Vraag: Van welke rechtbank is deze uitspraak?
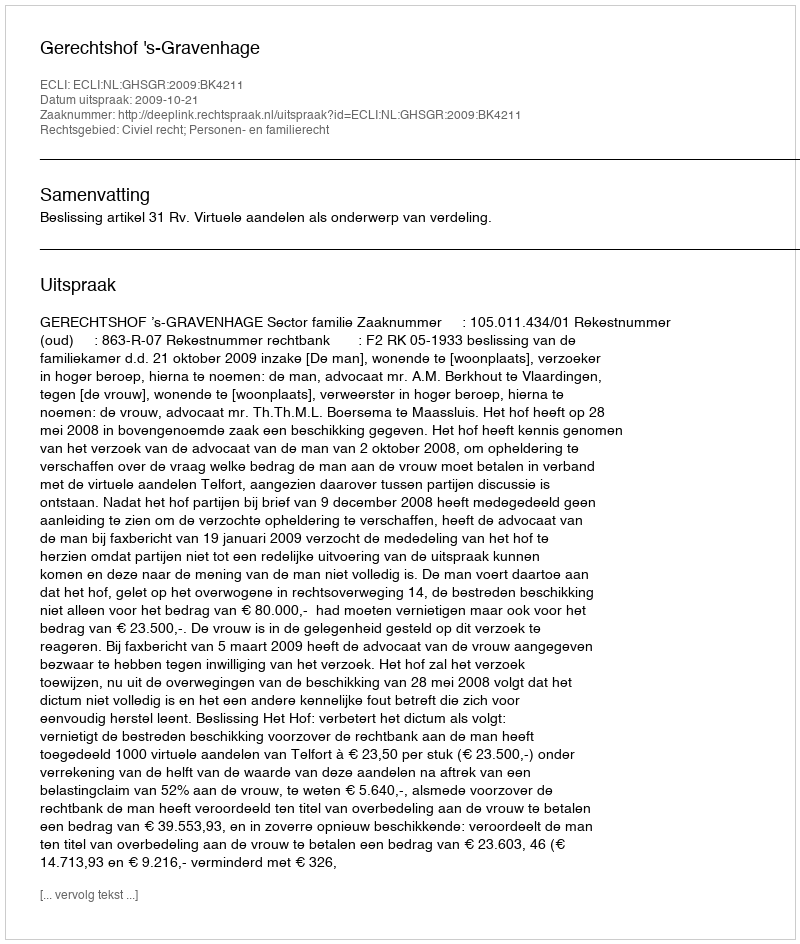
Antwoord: Gerechtshof 's-Gravenhage